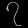
Digit: ၇